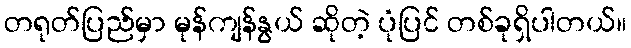
တရုတ်ပြည်မှာ မုန်ကျန်နွယ် ဆိုတဲ့ ပုံပြင် တစ်ခုရှိပါတယ်။